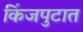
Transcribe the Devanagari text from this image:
किंजपुटात